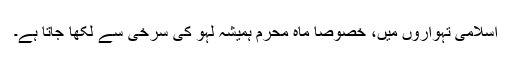
اسلامی تہواروں میں، خصوصاٗ ماہ محرم ہمیشہ لہو کی سرخی سے لکھا جاتا ہے۔